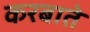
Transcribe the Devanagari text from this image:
करबाते